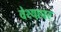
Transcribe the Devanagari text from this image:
वेश्याघर